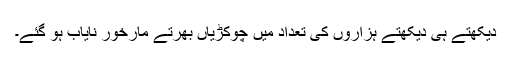
دیکھتے ہی دیکھتے ہزاروں کی تعداد میں چوکڑیاں بھرتے مارخور نایاب ہو گئے۔